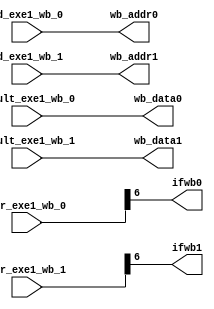
module writeback (
    input [31:0]result_exe1_wb_0,result_exe1_wb_1,ctr_exe1_wb_0,ctr_exe1_wb_1,
    input [4:0]rd_exe1_wb_0,rd_exe1_wb_1,
    output [31:0]wb_data0,wb_data1,
    output [4:0]wb_addr0,wb_addr1,
    output ifwb0,ifwb1
);
    // assign wb_addr0=ctr_exe1_wb_0[6]?rd_exe1_wb_0:0;
    // assign wb_data0=ctr_exe1_wb_0[6]?result_exe1_wb_0:0;
    // assign wb_addr1=ctr_exe1_wb_1[6]?rd_exe1_wb_1:0;
    // assign wb_data1=ctr_exe1_wb_1[6]?result_exe1_wb_1:0;
    assign wb_addr0=rd_exe1_wb_0;
    assign wb_data0=result_exe1_wb_0;
    assign wb_addr1=rd_exe1_wb_1;
    assign wb_data1=result_exe1_wb_1;
    assign ifwb0=ctr_exe1_wb_0[6];
    assign ifwb1=ctr_exe1_wb_1[6];
    // wire regwrite0=ctr_exe1_wb_0[6];
    // wire regwrite1=ctr_exe1_wb_1[6];
    // always @(*) begin
    //     wb_data0=0;
    //     wb_addr0=0;
    //     wb_data1=0;
    //     wb_addr1=0;
    //     if(regwrite0) begin
    //         wb_addr0=rd_exe1_wb_0;
    //         wb_data0=result_exe1_wb_0;
    //     end
    //     if(regwrite1) begin
    //         wb_addr1=rd_exe1_wb_1;
    //         wb_data1=result_exe1_wb_1;
    //     end
    // end
endmodule